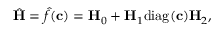
\hat { \mathbf { H } } = \hat { f } ( \mathbf { c } ) = \mathbf { H } _ { 0 } + \mathbf { H } _ { 1 } \mathrm { d i a g } ( \mathbf { c } ) \mathbf { H } _ { 2 } ,